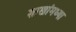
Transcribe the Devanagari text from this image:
शाखांमध्या